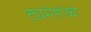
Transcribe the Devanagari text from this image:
ट्यमेशेंको